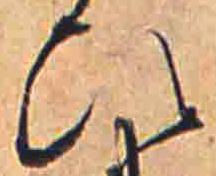
ひ